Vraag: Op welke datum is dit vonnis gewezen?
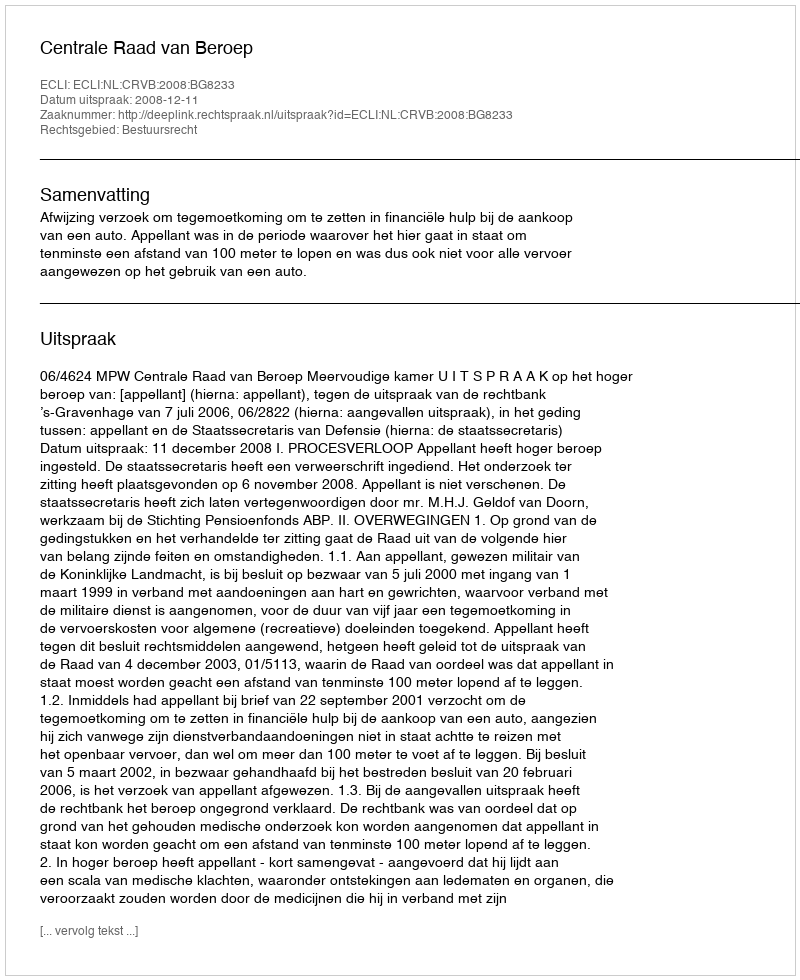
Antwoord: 2008-12-11